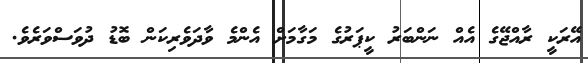
އޭރަކީ ރާއްޖޭގެ އެއް ނަންބަރު ކީޕަރުގެ މަގާމަށް އެންމެ ވާދަވެރިކަން ބޮޑު ދުވަސްވަރެވެ.